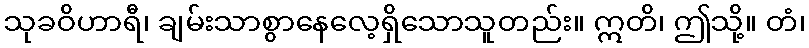
သုခဝိဟာရီ၊ ချမ်းသာစွာနေလေ့ရှိသောသူတည်း။ ဣတိ၊ ဤသို့။ တံ၊